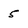
Character: 5